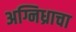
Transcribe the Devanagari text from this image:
अग्निध्राचा